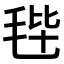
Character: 𣭤